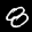
Digit: 8